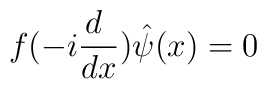
f(-i\frac{d~}{dx})\hat\psi(x)=0